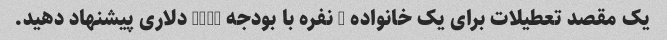
یک مقصد تعطیلات برای یک خانواده 5 نفره با بودجه 2000 دلاری پیشنهاد دهید.